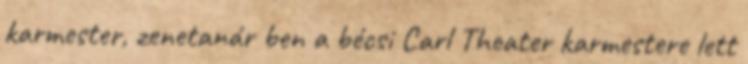
karmester, zenetanár ben a bécsi Carl Theater karmestere lett